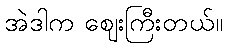
အဲဒါက ဈေးကြီးတယ်။